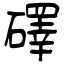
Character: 礋